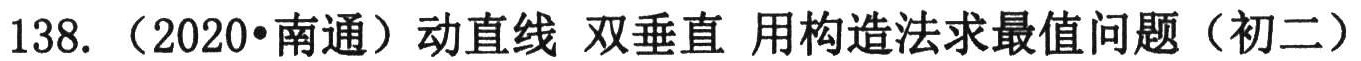
138. （2020•南通）动直线 双垂直 用构造法求最值问题（初二）